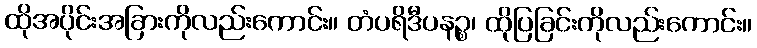
ထိုအပိုင်းအခြားကိုလည်းကောင်း။ တံပရိဒီပနဉ္စ၊ ထိုပြခြင်းကိုလည်းကောင်း။